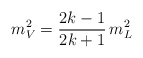
\begin{align*}m_V^2= {2k -1 \over 2k +1} \, m^2_L\end{align*}